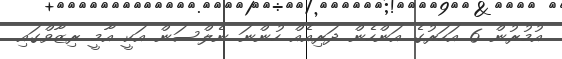
އުމުރުން 6 އަހަރުގެ އަންހެން ދަރިއެއް ހުންނަ ނެލްސަން އަކީ އާމީ ރިޒާވްގައި